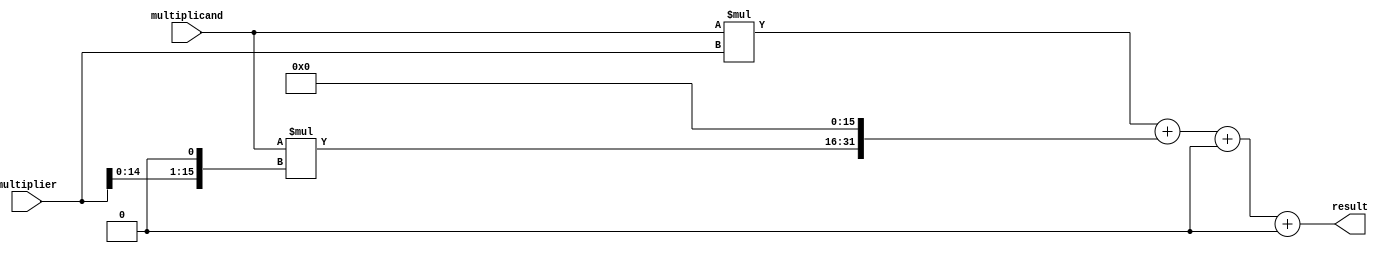
module BoothMultiplier (
    input wire [15:0] multiplicand,
    input wire [15:0] multiplier,
    output reg [31:0] result
);

reg [15:0] partial_products [3:0];

always @(*) begin
    partial_products[0] = multiplicand * multiplier; // Calculate partial product 0
    partial_products[1] = multiplicand * (multiplier << 1); // Calculate partial product 1
    partial_products[2] = multiplicand * (multiplier << 2); // Calculate partial product 2
    partial_products[3] = multiplicand * (multiplier << 3); // Calculate partial product 3
    
    result = partial_products[0] + (partial_products[1] << 16) + (partial_products[2] << 32) + (partial_products[3] << 48); // Sum all partial products to get final result
end

endmodule